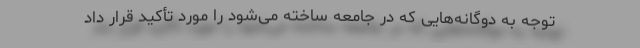
توجه به دوگانه‌هایی که در جامعه ساخته می‌شود را مورد تأکید قرار داد